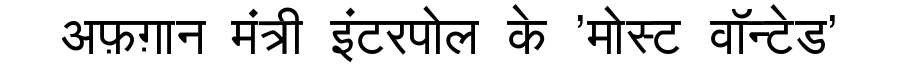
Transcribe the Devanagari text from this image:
अफ़ग़ान मंत्री इंटरपोल के 'मोस्ट वॉन्टेड'